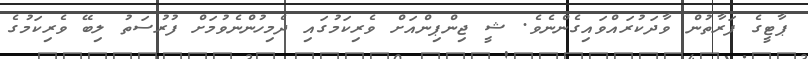
ޕާޓީގެ ފަރާތުން ވާދަކުރައްވައިގެންނެވެ. ޝީ ޖިންޕިންއަށް ވެރިކަމުގައި ދެމިހުންނެވުމަށް ފުރުސަތު ލިބޭ ވެރިކަމުގެ